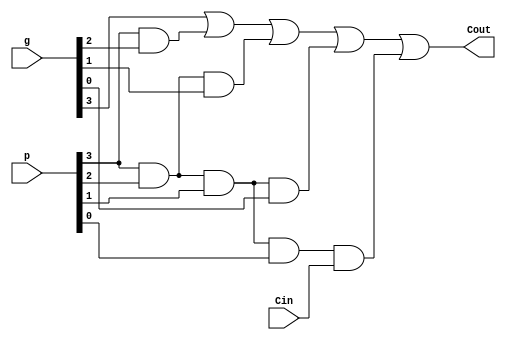
module Carry_Block_4(
    output Cout,
    input [5:0] p,
    input [5:0] g,
    input Cin
    );

assign Cout = g[3] | (p[3]&g[2]) | (p[3]&p[2]&g[1]) | (p[3]&p[2]&p[1]&g[0]) | (p[3]&p[2]&p[1]&p[0]&Cin);

endmodule